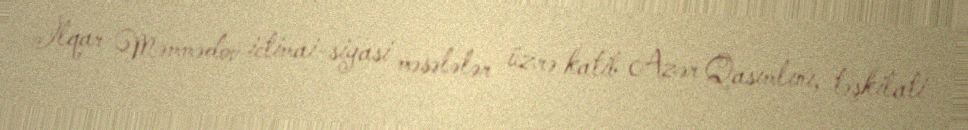
İlqar Məmmədov ictimai-siyasi məsələlər üzrə katib Azər Qasımlını, təşkilati